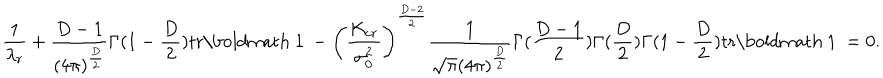
\frac { 1 } { \lambda _ { r } } + \frac { D - 1 } { ( 4 \pi ) ^ { \frac { D } { 2 } } } \Gamma ( 1 - \frac { D } { 2 } ) \mathrm { t r } \mathrm { \boldmath ~ 1 ~ } - \left( \frac { K _ { c r } } { \sigma _ { 0 } ^ { 2 } } \right) ^ { \frac { D - 2 } { 2 } } \frac { 1 } { \sqrt { \pi } ( 4 \pi ) ^ { \frac { D } { 2 } } } \Gamma ( \frac { D - 1 } { 2 } ) \Gamma ( \frac { D } { 2 } ) \Gamma ( 1 - \frac { D } { 2 } ) \mathrm { t r } \mathrm { \boldmath ~ 1 ~ } = 0 .